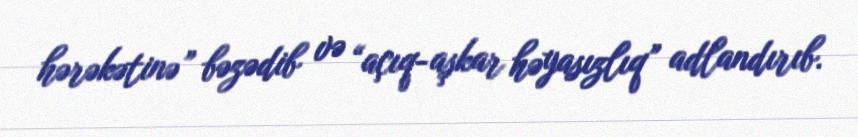
hərəkətinə” bəzədib və “açıq-aşkar həyasızlıq” adlandırıb.